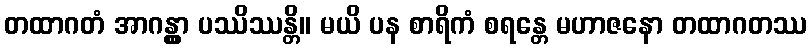
တထာဂတံ အာဂန္တွာ ပဿိဿန္တိ။ မယိ ပန စာရိကံ စရန္တေ မဟာဇနော တထာဂတဿ